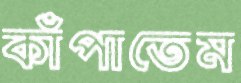
কাঁপাতেম